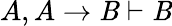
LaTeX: A,A\to\mathit{B}\vdash\mathit{B}